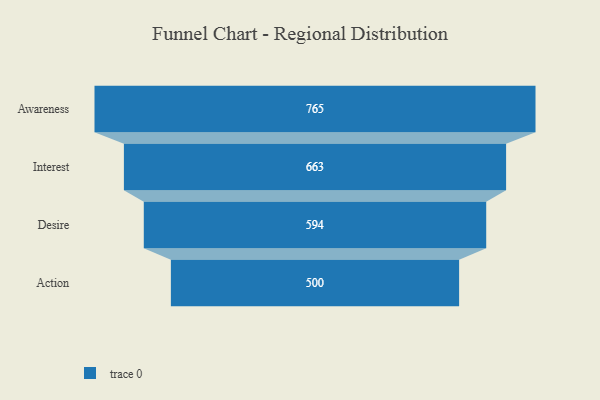
{"axis": {"x": "Stage", "y": "Value"}, "legend": [""], "data": [{"x": "Awareness", "y": 765.0, "type": ""}, {"x": "Interest", "y": 663.0, "type": ""}, {"x": "Desire", "y": 594.0, "type": ""}, {"x": "Action", "y": 500, "type": ""}]}